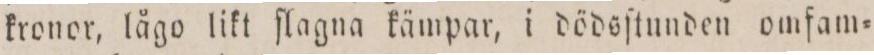
kronor, lågo likt ſlagna kämpar, i dödsſtunden omfam=